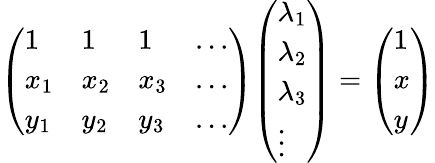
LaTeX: \left({\begin{array}{llll}{1}&{1}&{1}&{...}\\ {x_{1}}&{x_{2}}&{x_{3}}&{...}\\ {y_{1}}&{y_{2}}&{y_{3}}&{...}\end{array}}\right){\left(\begin{array}{l}{\lambda_{1}}\\ {\lambda_{2}}\\ {\lambda_{3}}\\ {\vdots}\end{array}\right)}=\left({\begin{array}{l}{1}\\ {x}\\ {y}\end{array}}\right)